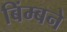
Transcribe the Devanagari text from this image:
बिंम्बने